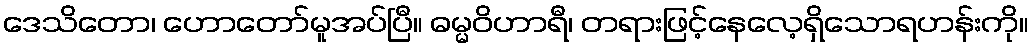
ဒေသိတော၊ ဟောတော်မူအပ်ပြီ။ ဓမ္မဝိဟာရီ၊ တရားဖြင့်နေလေ့ရှိသောရဟန်းကို။